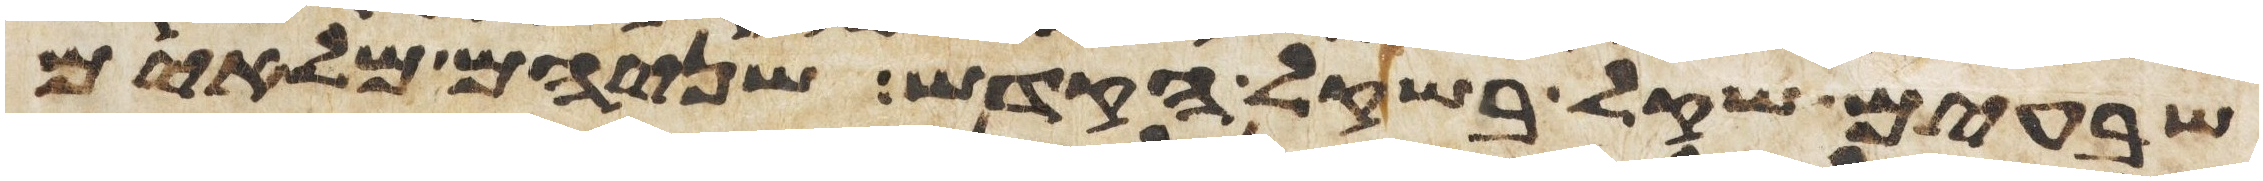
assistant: שבעים שקל בשקל הקדש שניהם מלאים